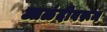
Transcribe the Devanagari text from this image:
आळंदीवरून